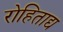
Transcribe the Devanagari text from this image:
रोहिताद्य